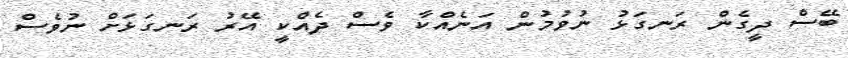
ބޭސް ދީގެން ރަނގަޅު ނުވުމުން އަނެއްކާ ވެސް ދެއްކީ އޭރު ރަނގަޅަށް ނުވެސް